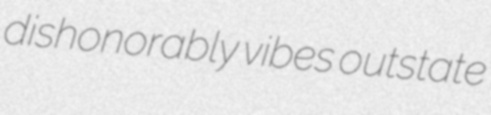
dishonorably vibes outstate